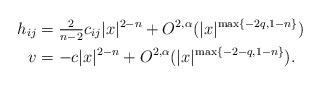
LaTeX: \begin{align*}h_{ij} &= \tfrac{2}{n-2} c_{ij} |x|^{2-n} + O^{2,\alpha}(|x|^{\max\{-2q, 1-n \}})\\v &= -c |x|^{2-n} + O^{2,\alpha}(|x|^{\max\{-2-q, 1-n \}}).\end{align*}